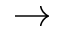
\rightarrow